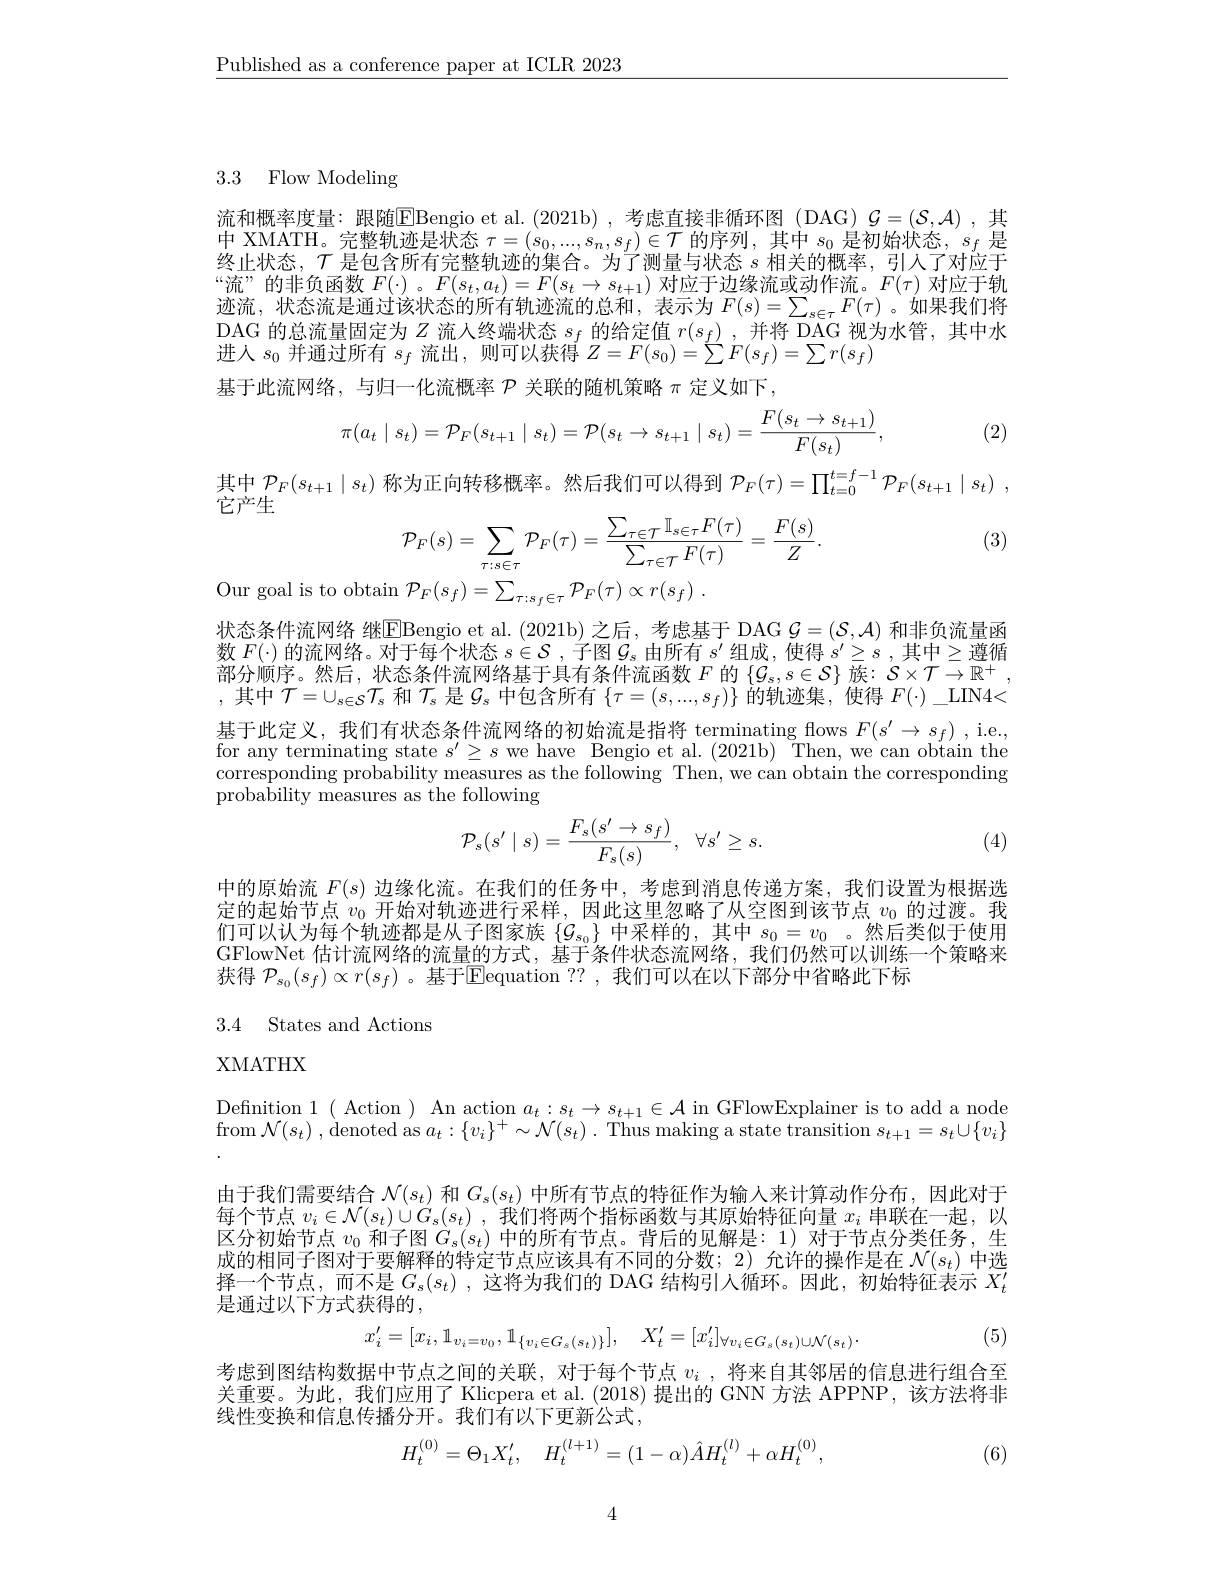
$\underline{\text{Published as a conference paper at ICLR 2023}}$

3.3 Flow Modeling

流和概率度量：跟随$\overline{\mathrm{E}}$Bengio et al.(2021b),考虑直接非循环图(DAG)$\mathcal{G}=(\mathcal{S},\mathcal{A})$,其中 XMATH。完整轨迹是状态$\tau=(s_0,...,s_n,s_f)\in\mathcal{T}$的序列，其中$s_0$是初始状态，$s_f$是终止状态，$\mathcal{T}$是包含所有完整轨迹的集合。为了测量与状态$s$相关的概率，引人了对应于“流”的非负函数$F(\cdot)$ 。$F(s_t,a_t)=F(s_t\rightarrow s_{t+1})$对应于边缘流或动作流。$F(\tau)$对应于轨迹流，状态流是通过该状态的所有轨迹流的总和，表示为$F(s)=\sum_{s\in\tau}F(\tau)$。如果我们将DAG 的 总 流 量 固 定 为 $Z$ 流 人 终 端 状 态 $s_{f}$ 的 给 定 值 $r( s_{f})$ , 并 将 DAG 视 为 水 管 , 其 中 水 进 的 总 流 量 固 定 为 $Z$ 流 入 终 端 状 态 $s_{f}$ 的 给 定 值 $r( s_{f})$ , 并 将 DAG 视 为 水 管 , 其 中 水进入$s_0$并通过所有$s_f$流出，则可以获得$Z=F(s_0)=\sum F(s_f)=\sum r(s_f)$
基于此流网络，与归一化流概率$\mathcal{P}$关联的随机策略$\pi$定义如下，

(2)
$$\pi(a_t\mid s_t)=\mathcal{P}_F(s_{t+1}\mid s_t)=\mathcal{P}(s_t\to s_{t+1}\mid s_t)=\frac{F(s_t\to s_{t+1})}{F(s_t)},$$
其中$\mathcal{P}_F(s_{t+1}\mid s_t)$称为正向转移概率。然后我们可以得到$\mathcal{P} _F( \tau ) = \prod _{t= 0}^{t= f- 1}\mathcal{P} _F( s_{t+ 1}\mid s_t)$ ,

它产生

(3)
$$\begin{aligned}&\mathcal{P}_{F}(s)=\sum_{\tau:s\in\tau}\mathcal{P}_{F}(\tau)=\frac{\sum_{\tau\in\mathcal{T}}\mathbb{I}_{s\in\tau}F(\tau)}{\sum_{\tau\in\mathcal{T}}F(\tau)}=\frac{F(s)}{Z}.\\&\text{1}\mathcal{P}_{F}(s_{f})=\sum_{\tau:s_{f}\in\tau}\mathcal{P}_{F}(\tau)\propto r(s_{f})\:.\end{aligned}$$
状态条件流网络 继$\overline{\mathrm{E}}$Bengio et al.(2021b)之后，考虑基于 DAG $\mathcal{G}=(\mathcal{S},\mathcal{A})$ 和非负流量函数 $F(\cdot)$ 的流网络。对于每个状态 $s\in\mathcal{S}$,子图$\mathcal{G}_s$ 由所有 $s^\prime$ 组成，使得 $s^\prime\geq s$,其中$\geq$遵循部分顺序。然后，状态条件流网络基于具有条件流函数$F$的$\{\mathcal{G}_s,s\in\mathcal{S}\}$族$:\mathcal{S}\times\mathcal{T}\to\mathbb{R}^+$, ,其中$\mathcal{T}=\cup_s\in\mathcal{S}\mathcal{T}_s$和$\mathcal{T}_s$是$\mathcal{G}_s$中包含所有$\{\tau=(s,...,s_f)\}$的轨迹集，使得$F(\cdot)\_$LIN4< 基于此定义，我们有状态条件流网络的初始流是指将 terminating flows $F(s^{\prime}\to s_f)$ , i.e., for any terminating state $s^\prime\geq s$ we have Bengio et al. (2021b) Then, we can obtain the corresponding probability measures as the following Then, we can obtain the corresponding probability measures as the following
$$\mathcal{P}_s(s'\mid s)=\frac{F_s(s'\to s_f)}{F_s(s)},\quad\forall s'\ge s.$$
(4)

中的原始流$F(s)$边缘化流。在我们的任务中，考虑到消息传递方案，我们设置为根据选定的起始节点$v_0$开始对轨迹进行采样，因此这里忽略了从空图到该节点$v_0$的过渡。我们可以认为每个轨迹都是从子图家族$\{\mathcal{G}_{s_0}\}$中采样的，其中$s_0=v_0$ 。然后类似于使用GFlowNet 估计流网络的流量的方式，基于条件状态流网络，我们仍然可以训练一个策略来获得 $\mathcal{P}_{s_0}(s_f)\propto r(s_f)$ 。基于$\overline{\mathrm{E}}$equation ?? ,我们可以在以下部分中省略此下标

## 3.4 States and Actions

# XMATHX

Definition 1(Action ) An action $a_t:s_t\to s_{t+1}\in\mathcal{A}$ in GFlowExplainer is to add a node from $\mathcal{N} ( s_t)$ ,denoted as $a_t: \{ v_i\} ^+ \sim \mathcal{N} ( s_t)$ . Thus making a state transition $s_t+1=s_t\cup\{v_i\}$

由于我们需要结合$\mathcal{N}(s_t)$和$G_s(s_t)$中所有节点的特征作为输人来计算动作分布，因此对于每个节点$v_i\in\mathcal{N}(s_t)\cup G_s(s_t)$,我们将两个指标函数与其原始特征向量$x_i$串联在一起，以区分初始节点$v_0$和子图$G_s(s_t)$中的所有节点。背后的见解是：1)对于节点分类任务，生成的相同子图对于要解释的特定节点应该具有不同的分数；2)允许的操作是在$\mathcal{N}(s_t)$中选择一个节点，而不是$G_s(s_t)$ ,这将为我们的 DAG 结构引人循环。因此，初始特征表示$X_t^{\prime}$ 是通过以下方式获得的，
$$x_{i}^{\prime}=[x_{i},1_{v_{i}=v_{0}},1_{\{v_{i}\in G_{s}(s_{t})\}}],\quad X_{t}^{\prime}=[x_{i}^{\prime}]_{\forall v_{i}\in G_{s}(s_{t})\cup\mathcal{N}(s_{t})}.$$
(5)

考虑到图结构数据中节点之间的关联，对于每个节点$v_i$ ,将来自其邻居的信息进行组合至关重要。为此，我们应用了 Klicpera et al. (2018) 提出的 GNN 方法 APPNP,该方法将非线性变换和信息传播分开。我们有以下更新公式，
$$H_{t}^{(0)}=\Theta_{1}X_{t}',\quad H_{t}^{(l+1)}=(1-\alpha)\hat{A}H_{t}^{(l)}+\alpha H_{t}^{(0)},$$
(6)

4